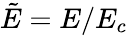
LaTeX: \tilde{E}=E/E_{c}